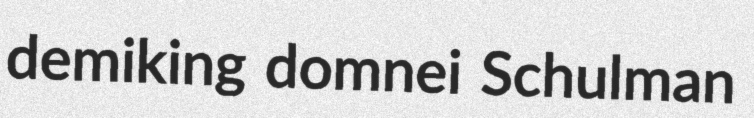
demiking domnei Schulman